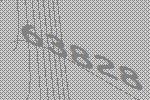
63828